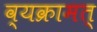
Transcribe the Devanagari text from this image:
व्यक्रामत्